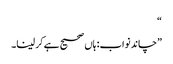
“
”چاند نواب: ہاں صحیح ہے کر لینا۔